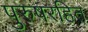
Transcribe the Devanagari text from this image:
पुरुषरहित